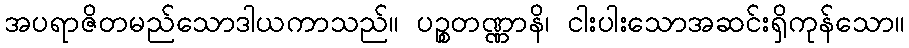
အပရာဇိတမည်သောဒါယကာသည်။ ပဉ္စတဏ္ဏာနိ၊ ငါးပါးသောအဆင်းရှိကုန်သော။